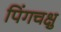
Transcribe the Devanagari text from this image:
पिंगचक्षु